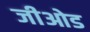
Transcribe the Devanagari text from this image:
जीओड